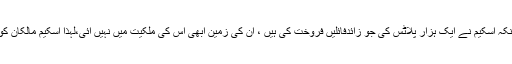
یہ طریقہ سراسر خلافِ شریعت ہے کیونکہ اسکیم نے ایک ہزار پلاٹس کی جو زائدفائلیں فروخت کی ہیں ، اُن کی زمین ابھی اس کی ملکیت میں نہیں آئی،لہٰذا اسکیم مالکان کو ان کی فروخت کا حق بھی نہیں پہنچتا ۔